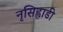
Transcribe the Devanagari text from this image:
नृसिह्वाडी